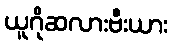
ယူဂိုဆလားဗီးယား